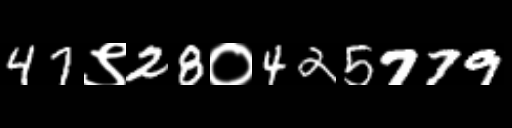
Text: 47९28०425779